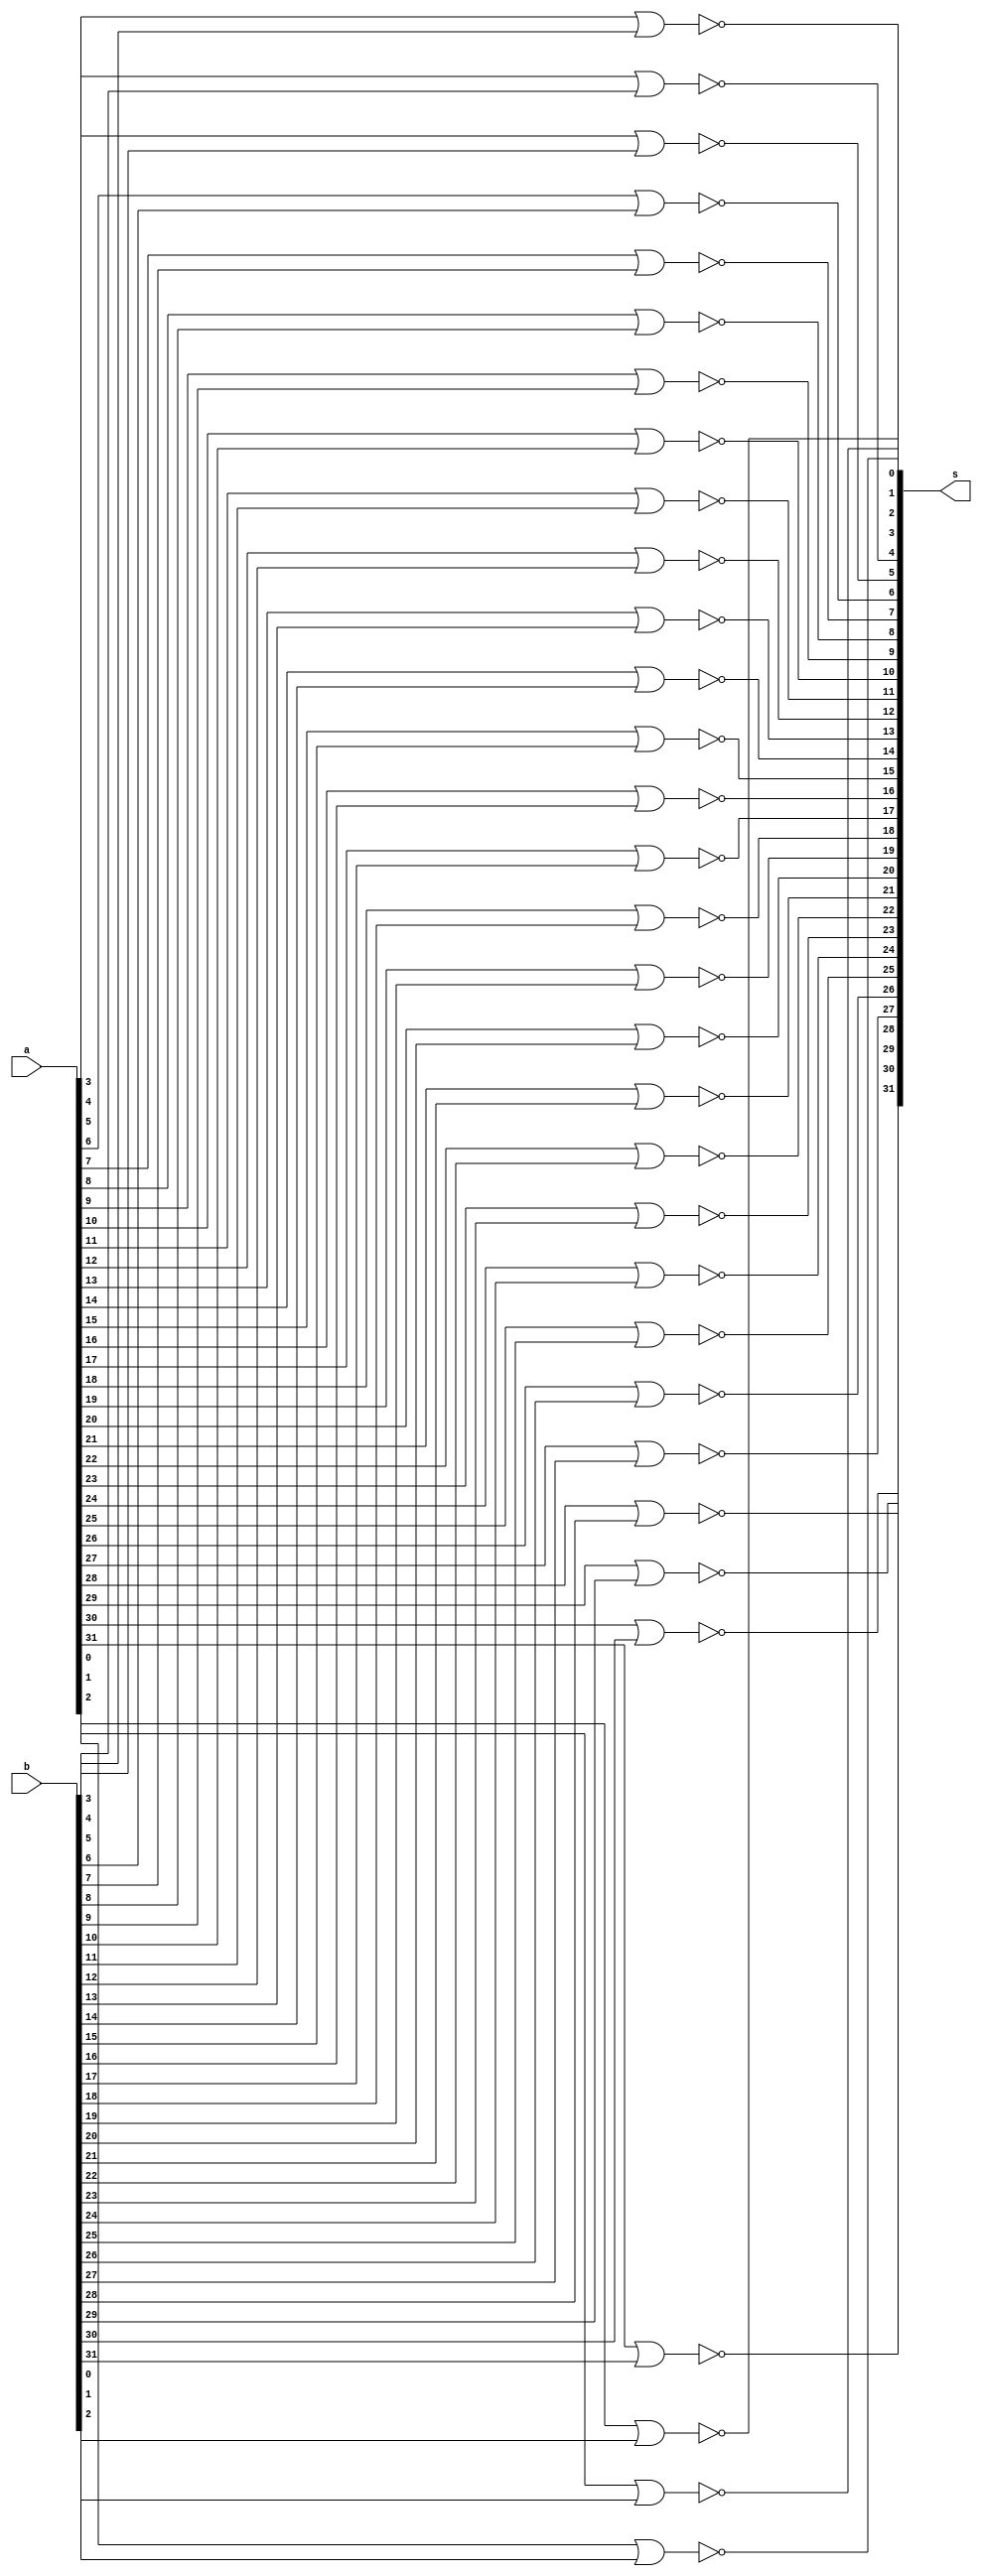
module Nor_32bit(
    input [31:0] a,
    input [31:0] b,
    output [31:0] s
    );

nor a1 (s[0],a[0],b[0]);
nor a2 (s[1],a[1],b[1]);
nor a3 (s[2],a[2],b[2]);
nor a4 (s[3],a[3],b[3]);
nor a5 (s[4],a[4],b[4]);
nor a6 (s[5],a[5],b[5]);
nor a7 (s[6],a[6],b[6]);
nor a8 (s[7],a[7],b[7]);
nor a9 (s[8],a[8],b[8]);
nor a10 (s[9],a[9],b[9]);
nor a11 (s[10],a[10],b[10]);
nor a12 (s[11],a[11],b[11]);
nor a13 (s[12],a[12],b[12]);
nor a14 (s[13],a[13],b[13]);
nor a15 (s[14],a[14],b[14]);
nor a16 (s[15],a[15],b[15]);
nor a17 (s[16],a[16],b[16]);
nor a18 (s[17],a[17],b[17]);
nor a19 (s[18],a[18],b[18]);
nor a20 (s[19],a[19],b[19]);
nor a21 (s[20],a[20],b[20]);
nor a22 (s[21],a[21],b[21]);
nor a23 (s[22],a[22],b[22]);
nor a24 (s[23],a[23],b[23]);
nor a25 (s[24],a[24],b[24]);
nor a26 (s[25],a[25],b[25]);
nor a27 (s[26],a[26],b[26]);
nor a28 (s[27],a[27],b[27]);
nor a29 (s[28],a[28],b[28]);
nor a30 (s[29],a[29],b[29]);
nor a31 (s[30],a[30],b[30]);
nor a32 (s[31],a[31],b[31]);

endmodule